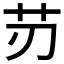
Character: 𦬄